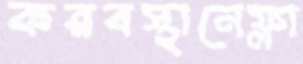
করবস্থানেফ্লা